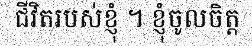
ជីវិតរបស់ខ្ញុំ ។ ខ្ញុំចូលចិត្ត